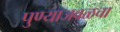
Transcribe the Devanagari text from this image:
पुण्याजवळचा